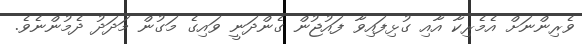
ވެރިންނަށް އެމެރިކާ އާއި ގުޅިފައިވާ ފައުޖުން ގެންދަނީ ވައިގެ މަގުން މަދަދު ދެމުންނެވެ.